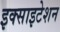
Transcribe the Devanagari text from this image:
इक्साइटेशन